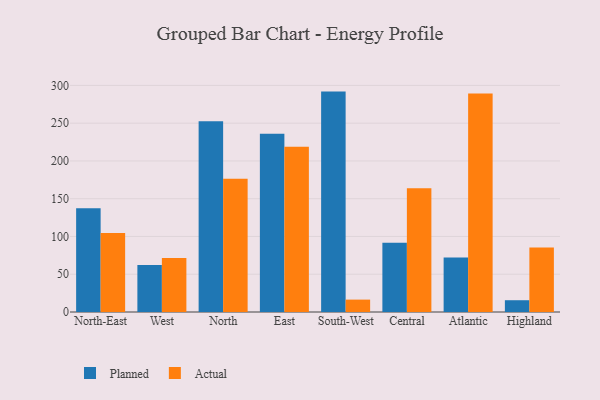
{"axis": {"x": "Region", "y": "Conversion Rate (%)"}, "legend": ["Actual", "Planned"], "data": [{"x": "North-East", "y": 137.3, "type": "Planned"}, {"x": "North-East", "y": 104.5, "type": "Actual"}, {"x": "West", "y": 62.1, "type": "Planned"}, {"x": "West", "y": 71.5, "type": "Actual"}, {"x": "North", "y": 252.6, "type": "Planned"}, {"x": "North", "y": 176.5, "type": "Actual"}, {"x": "East", "y": 236.1, "type": "Planned"}, {"x": "East", "y": 218.9, "type": "Actual"}, {"x": "South-West", "y": 291.8, "type": "Planned"}, {"x": "South-West", "y": 16.4, "type": "Actual"}, {"x": "Central", "y": 91.8, "type": "Planned"}, {"x": "Central", "y": 164.0, "type": "Actual"}, {"x": "Atlantic", "y": 72.0, "type": "Planned"}, {"x": "Atlantic", "y": 289.4, "type": "Actual"}, {"x": "Highland", "y": 15.6, "type": "Planned"}, {"x": "Highland", "y": 85.4, "type": "Actual"}]}